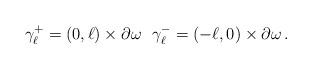
LaTeX: \begin{align*} \gamma_\ell^+ = (0,\ell)\times\partial\omega ~~ \gamma_\ell^- =(-\ell,0)\times\partial\omega\,. \end{align*}